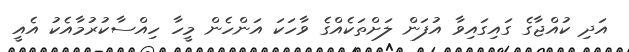
އަދި ކުއްޖާގެ ގައިގައިވާ އުފަން ލަށްތަކެއްގެ ވާހަކަ އަންހެން މީހާ ހިއްސާކުރުމާއެކު އެއީ